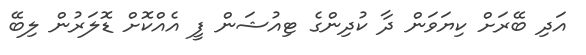
އަދި ބޭރަށް ކިޔަވަން ދާ ކުދިންގެ ޓިއުޝަން ފީ އެއްކޮށް ޑޮލަރުން ލިބޭ